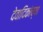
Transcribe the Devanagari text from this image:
देवादिकांच्या